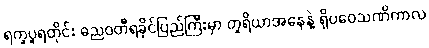
ရက္ခပူရတိုင်း ဓညဝတီရခိုင်ပြည်ကြီးမှာ တူရိယာအနေနဲ့ ရှိပဝေသဏိကာလ